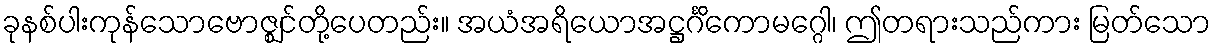
ခုနစ်ပါးကုန်သောဗောဇ္ဈင်တို့ပေတည်း။ အယံအရိယောအဋ္ဌင်္ဂိကောမဂ္ဂေါ၊ ဤတရားသည်ကား မြတ်သော